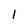
Character: 1